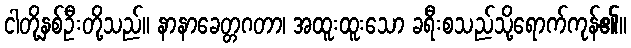
ငါတို့နှစ်ဦးတို့သည်။ နာနာခေတ္တဂတာ၊ အထူးထူးသော ခရီးစသည်သို့ရောက်ကုန်၏။